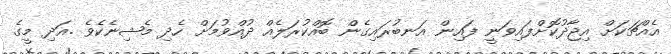
އެއްޗަކަށް އިޖާދުކޮށްފައިވަނީ ފައިން އަނބުރައިގެން ބޮއްކުރަލެއް ދުއްވުމަށް ހެދި މެޝިނެކެވެ .އަދި މީގެ